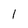
Character: 1